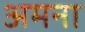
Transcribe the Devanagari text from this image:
अमना